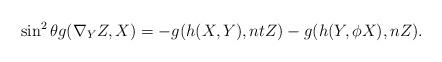
LaTeX: \begin{align*}\sin^2\theta g(\nabla_{Y}Z, X)= -g(h(X,Y), ntZ)-g(h(Y, \phi X), nZ).\end{align*}